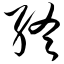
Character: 终